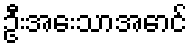
ဦးအေးသာအောင်